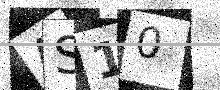
Text: AS10